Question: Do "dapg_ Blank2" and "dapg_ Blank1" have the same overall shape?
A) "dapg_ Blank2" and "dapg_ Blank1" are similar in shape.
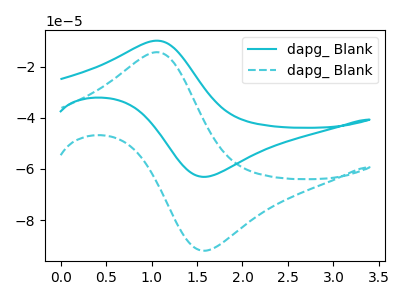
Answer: <think>The cyan curve "dapg_ Blank1" has an anodic peak at (1.05V, -9.85uA) and a cathodic peak at (1.60V, -63.05uA). The cyan dashed curve "dapg_ Blank2" has an anodic peak at (1.05V, -14.35uA) and a cathodic peak at (1.60V, -91.90uA).
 All the peaks in "dapg_ Blank2" have a peak in "dapg_ Blank1" at the same potential.</think>
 <answer>A) "dapg_ Blank2" and "dapg_ Blank1" are similar in shape.</answer>
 <eval>A</eval>